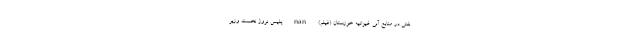
نفتی در منابع آبی غیزانیه‌ خوزستان (فیلم) nan پلیس نروژ نخست وزیر